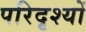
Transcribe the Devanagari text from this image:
परिदृश्‍यों